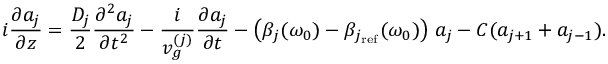
i \frac { \partial a _ { j } } { \partial z } = \frac { D _ { j } } { 2 } \frac { \partial ^ { 2 } a _ { j } } { \partial t ^ { 2 } } - \frac { i } { v _ { g } ^ { ( j ) } } \frac { \partial a _ { j } } { \partial t } - \left( \beta _ { j } ( \omega _ { 0 } ) - \beta _ { j _ { \mathrm { r e f } } } ( \omega _ { 0 } ) \right) \, a _ { j } - C ( a _ { j + 1 } + a _ { j - 1 } ) .